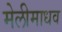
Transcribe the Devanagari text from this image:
मेलीमाधव